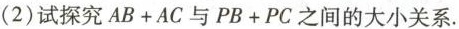
(2)试探究$$AB+AC$$与$$PB+PC$$之间的大小关系.